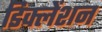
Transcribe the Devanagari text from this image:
डिक्लेंशन